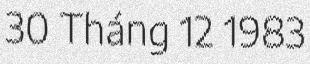
30 Tháng 12 1983